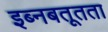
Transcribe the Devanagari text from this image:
इब्नबतूतता